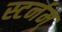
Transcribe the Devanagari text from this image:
स्टर्नम्‌